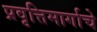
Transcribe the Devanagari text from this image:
प्रवृत्तिमार्गाचे